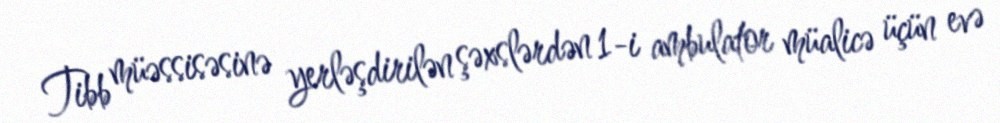
Tibb müəssisəsinə yerləşdirilən şəxslərdən 1-i ambulator müalicə üçün evə